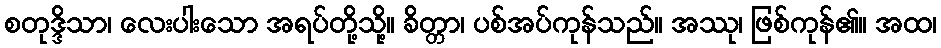
စတုဒ္ဒိသာ၊ လေးပါးသော အရပ်တို့သို့။ ခိတ္တာ၊ ပစ်အပ်ကုန်သည်။ အဿု၊ ဖြစ်ကုန်၏။ အထ၊